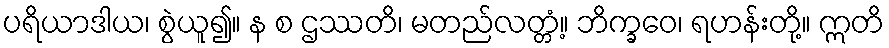
ပရိယာဒါယ၊ စွဲယူ၍။ န စ ဌဿတိ၊ မတည်လတ္တံ့။ ဘိက္ခဝေ၊ ရဟန်းတို့။ ဣတိ